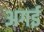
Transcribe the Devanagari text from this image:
अगई